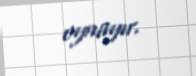
oynayır.